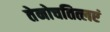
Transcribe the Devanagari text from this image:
तेनोचतित्लएं